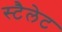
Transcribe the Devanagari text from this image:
स्टैलेट